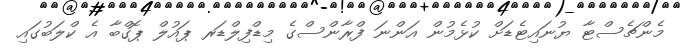
މެންޗެސްޓާ ޔުނައިޓެޑަށް ކުޅެމުން އަންނަ ފްރާންސްގެ މިޑްފިލްޑަރ ޕައުލް ޕޮގްބާ އެ ކްލަބުގައި